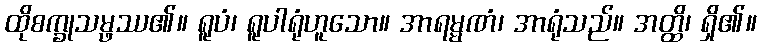
ထိုစက္ခုသမ္ဖဿ၏။ ရူပံ၊ ရူပါရုံဟူသော။ အာရမ္မဏံ၊ အာရုံသည်။ အတ္ထိ၊ ရှိ၏။